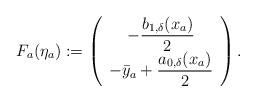
LaTeX: \begin{align*}\begin{aligned}F_a(\eta_a) & := \left(\begin{array}{c}-\dfrac{b_{1,\delta}(x_a)}{2} \\-\bar{y}_a + \dfrac{a_{0,\delta}(x_a)}{2}\end{array}\right).\end{aligned}\end{align*}